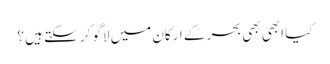
کیا ابھی بھی بحر کے ارکان میں لاگو کر سکتے ہیں ؟